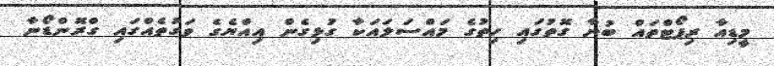
މީޑިއާ ރިޕޯޓްތައް ބުނާ ގޮތުގައި ހިތުގެ މައްސަލައަކާ ގުޅިގެން އިއްޔެގެ ވަގުތެއްގައި ގްރޮންޑޯނާ